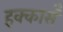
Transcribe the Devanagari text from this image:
हक्कासँ